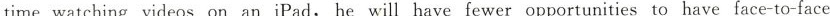
time watching videos on an iPad, he will have fewer opportunities to have face-to-face